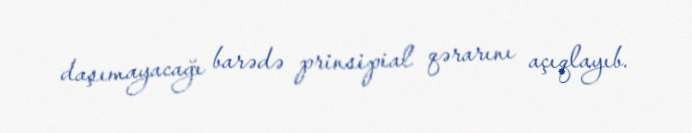
daşımayacağı barədə prinsipial qərarını açıqlayıb.